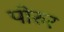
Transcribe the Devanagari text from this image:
पोरुर